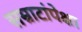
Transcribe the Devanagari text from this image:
सम्राटांपेक्षा